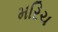
મરિચ